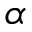
\alpha